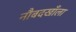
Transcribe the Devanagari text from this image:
नौबदखाँला